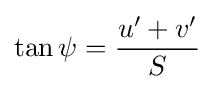
\tan \psi ={\frac {u'+v'}{S}}